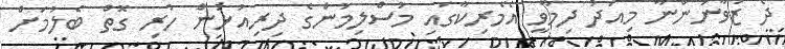
ދެ ޒުވާނުންނާ މިއަދު ދިމާވީ އެމެރިކާގައި މުސްލިމުންގެ ދިރިއުޅުން ހުރި ގޮތް ބެލުމަށް